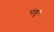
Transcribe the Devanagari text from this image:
मंडुर